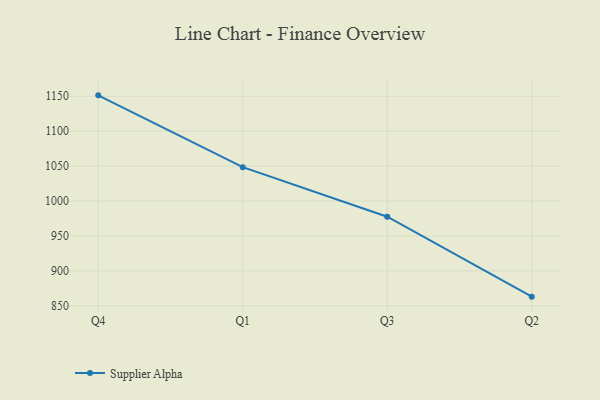
{"axis": {"x": "Quarter", "y": "Net Income (USD K)"}, "legend": ["Supplier Alpha"], "data": [{"x": "Q4", "y": 1151.3, "type": "Supplier Alpha"}, {"x": "Q1", "y": 1048.5, "type": "Supplier Alpha"}, {"x": "Q3", "y": 977.5, "type": "Supplier Alpha"}, {"x": "Q2", "y": 863.1, "type": "Supplier Alpha"}]}